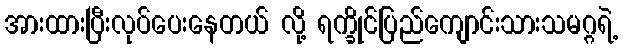
အားထားပြီးလုပ်ပေးနေတယ် လို့ ရက္ခိုင်ပြည်ကျောင်းသားသမဂ္ဂရဲ့